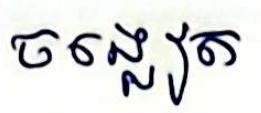
ចង្អៀត